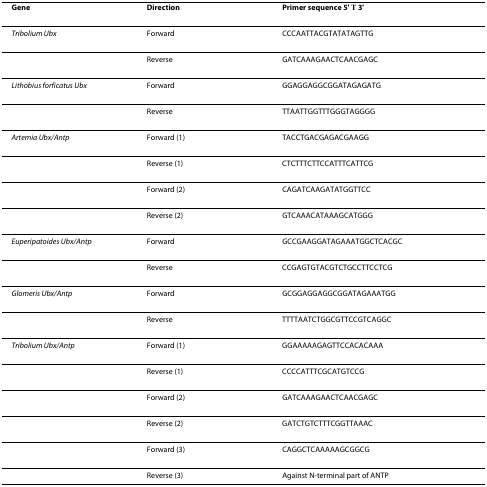
| Gene | Direction | Primer sequence 5' → 3' |
 | --- | --- | --- |
 | Tribolium Ubx | Forward | CCCAATTACGTATATAGTTG |
 |  | Reverse | GATCAAAGAACTCAACGAGC |
 | Lithobius forficatus Ubx | Forward | GGAGGAGGCGGATAGAGATG |
 |  | Reverse | TTAATTGGTTTGGGTAGGGG |
 | Artemia Ubx/Antp | Forward (1) | TACCTGACGAGACGAAGG |
 |  | Reverse (1) | CTCTTTCTTCCATTTCATTCG |
 |  | Forward (2) | CAGATCAAGATATGGTTCC |
 |  | Reverse (2) | GTCAAACATAAAGCATGGG |
 | Euperipatoides Ubx/Antp | Forward | GCCGAAGGATAGAAATGGCTCACGC |
 |  | Reverse | CCGAGTGTACGTCTGCCTTCCTCG |
 | Glomeris Ubx/Antp | Forward | GCGGAGGAGGCGGATAGAAATGG |
 |  | Reverse | TTTTAATCTGGCGTTCCGTCAGGC |
 | Tribolium Ubx/Antp | Forward (1) | GGAAAAAGAGTTCCACACAAA |
 |  | Reverse (1) | CCCCATTTCGCATGTCCG |
 |  | Forward (2) | GATCAAAGAACTCAACGAGC |
 |  | Reverse (2) | GATCTGTCTTTCGGTTAAAC |
 |  | Forward (3) | CAGGCTCAAAAAGCGGCG |
 |  | Reverse (3) | Against N-terminal part of ANTP |